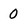
Character: O